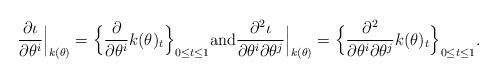
LaTeX: \begin{align*}\frac{\partial \iota}{\partial \theta^{i} } \Big|_{k(\theta)}=\Bigl\{ \frac{\partial }{\partial \theta^{i} } k(\theta)_t\Bigr\}_{0 \le t \le 1}\mbox{and}\frac{\partial^2 \iota}{\partial \theta^{i} \partial \theta^{j}} \Big|_{k(\theta)}=\Bigl\{ \frac{\partial^2 }{\partial \theta^{i} \partial \theta^{j}} k(\theta)_t\Bigr\}_{0 \le t \le 1}.\end{align*}